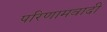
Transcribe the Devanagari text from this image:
परिणामवादी